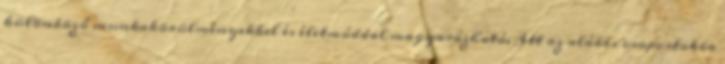
különböző munkakörülményekkel és életmóddal magyarázható. Itt az alábbi csoportokba